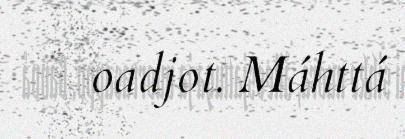
oadjot. Máhttá